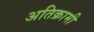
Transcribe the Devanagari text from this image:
अतिक्रामी